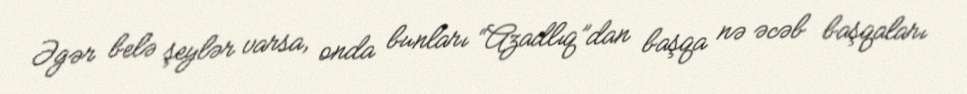
Əgər belə şeylər varsa, onda bunları “Azadlıq”dan başqa nə əcəb başqaları